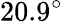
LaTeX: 20.9^{\circ}